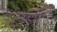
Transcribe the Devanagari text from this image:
पेंटेथ्लॉन